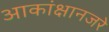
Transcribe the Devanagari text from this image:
आकांक्षानजरे